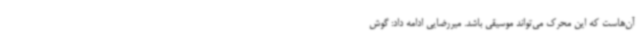
آن‌هاست که این محرک می‌تواند موسیقی باشد. میررضایی ادامه داد: گوش